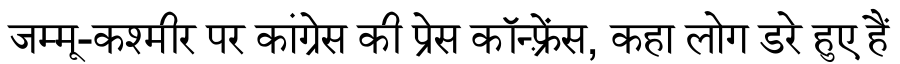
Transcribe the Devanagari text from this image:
जम्मू-कश्मीर पर कांग्रेस की प्रेस कॉन्फ़्रेंस, कहा लोग डरे हुए हैं